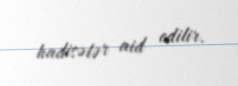
hadisələr aid edilir.